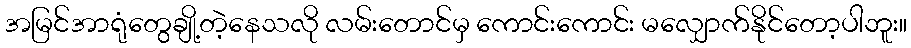
အမြင်အာရုံတွေချို့တဲ့နေသလို လမ်းတောင်မှ ကောင်းကောင်း မလျှောက်နိုင်တော့ပါဘူး။